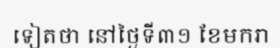
ទៀតថា នៅថ្ងៃទី៣១ ខែមករា